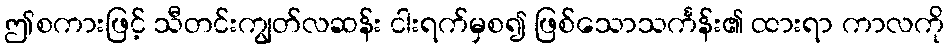
ဤစကားဖြင့် သီတင်းကျွတ်လဆန်း ငါးရက်မှစ၍ ဖြစ်သောသင်္ကန်း၏ ထားရာ ကာလကို